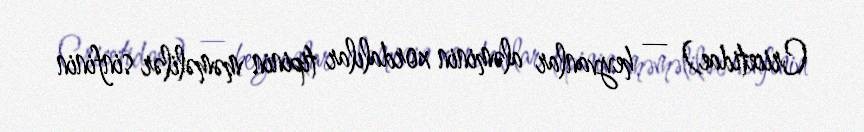
Cricetidae) — heyvanlar aləminin xordalılar tipinin məməlilər sinfinin